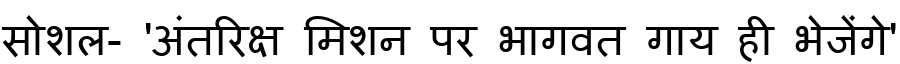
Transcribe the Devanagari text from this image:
सोशल- 'अंतरिक्ष मिशन पर भागवत गाय ही भेजेंगे'